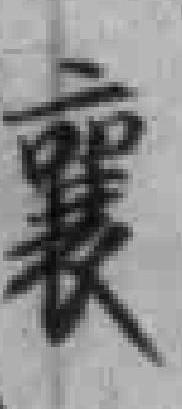
襄